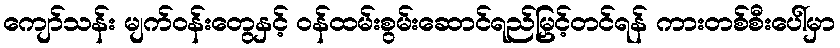
ကျော်သန်း မျက်ဝန်းတွေနှင့် ဝန်ထမ်းစွမ်းဆောင်ရည်မြှင့်တင်ရန် ကားတစ်စီးပေါ်မှာ